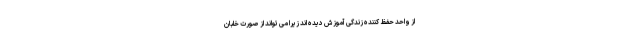
از واحد حفظ کننده زندگی آموزش دیده اند زیرا می تواند از صورت خلبان